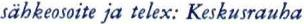
sähkeosoite ja telex: Keskusrauha